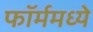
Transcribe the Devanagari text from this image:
फॉर्ममध्‍ये